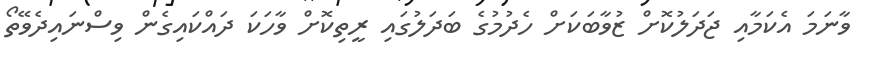
ވާނަމަ އެކަމާއި ޖަދަލުކޮށް ޒުވާބަކަށް ހެދުމުގެ ބަދަލުގައި ރީތިކޮށް ވާހަކަ ދައްކައިގެން ވިސްނައިދެވޭތޯ